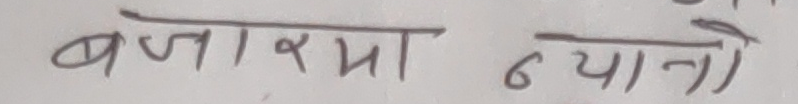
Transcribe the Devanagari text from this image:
बजारमा न्यानाे